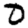
Digit: 0